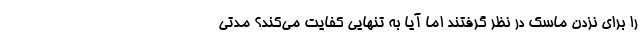
را برای نزدن ماسک در نظر گرفتند اما آیا به تنهایی کفایت می‌کند؟ مدتی